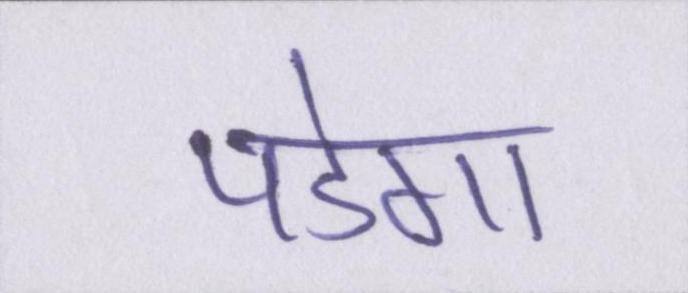
पडेगा